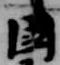
国